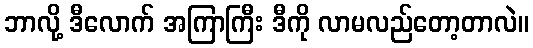
ဘာလို့ ဒီလောက် အကြာကြီး ဒီကို လာမလည်တော့တာလဲ။